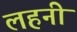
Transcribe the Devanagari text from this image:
लहनी